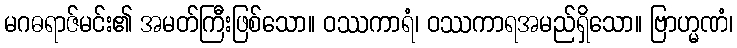
မဂဓရာဇ်မင်း၏ အမတ်ကြီးဖြစ်သော။ ဝဿကာရံ၊ ဝဿကာရအမည်ရှိသော။ ဗြာဟ္မဏံ၊